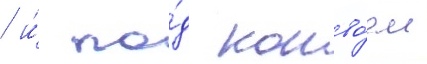
/ и́ по́д конво́ем